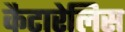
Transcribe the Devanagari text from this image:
कैटारेलिस